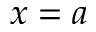
x = a